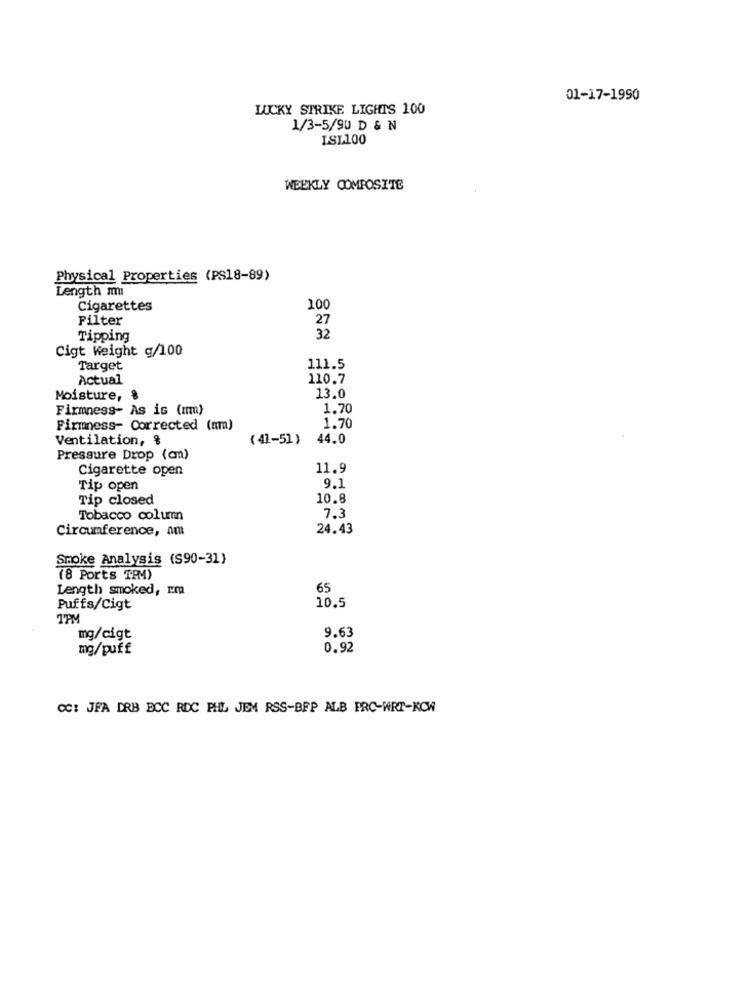
01-17-1990
LUCKY STRIKE LIGHTS 100
1/3-5/90 D & N
ISL100
WEEKLY COMPOSITE
Physical Properties (PS18-89)
Length m
Cigarettes
100
Filter
27
Tipping
32
Cigt Weight g/100
Target
111.5
Actual
110.7
Moisture, %
13.0
Firmness- As is (mm)
1.70
Firmness- Corrected (mm)
1.70
Ventilation, &
( 41-51 )
44.0
Pressure Drop (an)
Cigarette open
11.9
Tip open
9.1
Tip closed
10.8
Tobacco column
7.3
Circumference, am
24.43
Smoke Analysis (S90-31)
(8 Ports TPMM)
Length smoked, rm
65
10.5
Puffs/Cigt
TPM
9.63
mg/cigt
mg/puff
0.92
CC: JFA DRB ECC RDC PHL JEM RSS-BFP ALB PRC-WRT-KOW